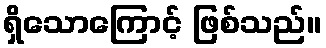
ရှိသောကြောင့် ဖြစ်သည်။